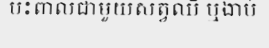
ប៉ះពាល់ជាមួយសត្វឈឺ ឬងាប់